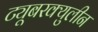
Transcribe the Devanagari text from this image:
ट्यूबरक्युलीन